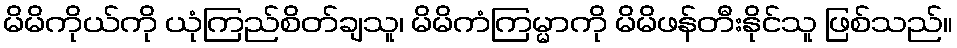
မိမိကိုယ်ကို ယုံကြည်စိတ်ချသူ၊ မိမိကံကြမ္မာကို မိမိဖန်တီးနိုင်သူ ဖြစ်သည်။